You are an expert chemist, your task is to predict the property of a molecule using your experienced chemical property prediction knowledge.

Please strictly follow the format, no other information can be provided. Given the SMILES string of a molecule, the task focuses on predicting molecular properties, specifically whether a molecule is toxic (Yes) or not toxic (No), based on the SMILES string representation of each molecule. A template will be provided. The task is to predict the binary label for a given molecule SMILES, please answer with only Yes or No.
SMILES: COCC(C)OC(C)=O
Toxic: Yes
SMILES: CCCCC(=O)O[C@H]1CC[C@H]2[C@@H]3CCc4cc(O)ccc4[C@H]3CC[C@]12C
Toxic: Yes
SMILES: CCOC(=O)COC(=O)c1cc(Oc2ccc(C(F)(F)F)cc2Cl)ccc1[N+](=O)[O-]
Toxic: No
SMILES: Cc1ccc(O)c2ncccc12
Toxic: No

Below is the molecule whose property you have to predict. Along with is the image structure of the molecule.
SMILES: CCCCCCCCCCCCN1CCOCC1
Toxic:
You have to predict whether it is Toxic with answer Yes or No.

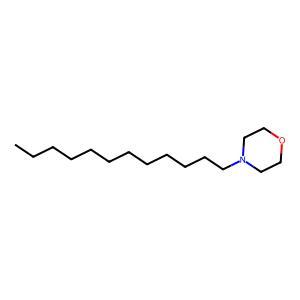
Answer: No